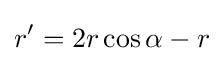
r'=2r\cos \alpha -r